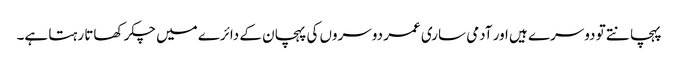
پہچانتے تو دوسرے ہیں اور آدمی ساری عمر دوسروں کی پہچان کے دائرے میں چکر کھاتا رہتا ہے۔